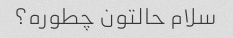
سلام حالتون چطوره؟